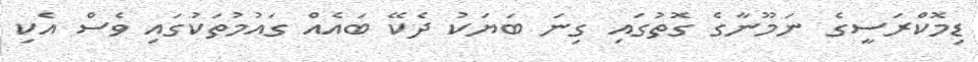
ޑިމޮކްރަސީގެ ނަމޫނާގެ ގޮތުގައި ގިނަ ބަޔަކު ދެކޭ ބައެއް ގައުމުތަކުގައި ވެސް އެކި